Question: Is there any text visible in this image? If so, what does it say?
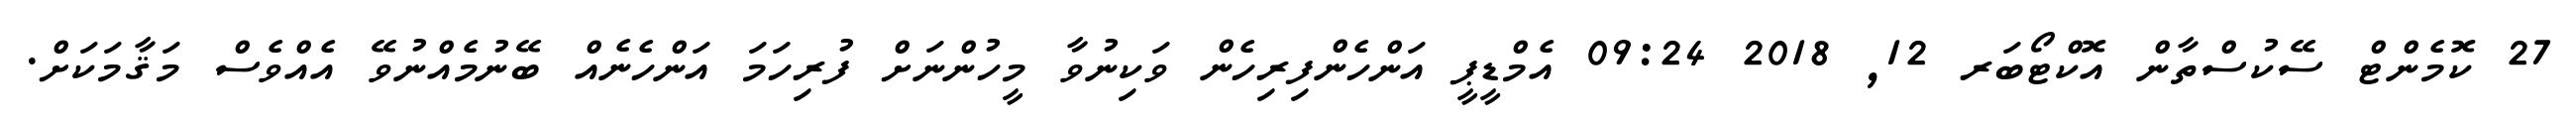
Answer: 27 ކޮމެންޓް ސޭކުސްތާން އޮކްޓޯބަރ 12, 2018 09:24 އެމްޑީޕީ އަންހެންފިރިހެން ވަކިނުވާ މީހުންނަށް ފުރިހަމަ އަންހެނެއް ބޭނުމެއްނުވޭ އެއްވެސް މަޤާމަކަށް.